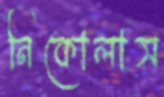
নিকোলাস